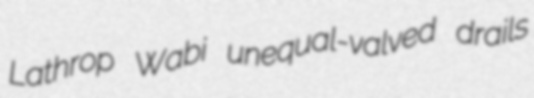
Lathrop Wabi unequal-valved drails